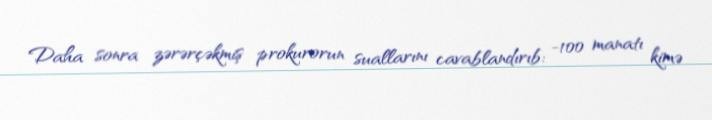
Daha sonra zərərçəkmiş prokurorun suallarını cavablandırıb: -100 manatı kimə